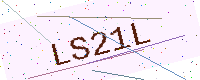
Text: LS21L